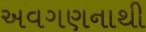
અવગણનાથી